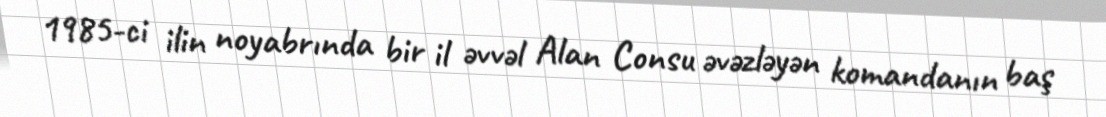
1985-ci ilin noyabrında bir il əvvəl Alan Consu əvəzləyən komandanın baş